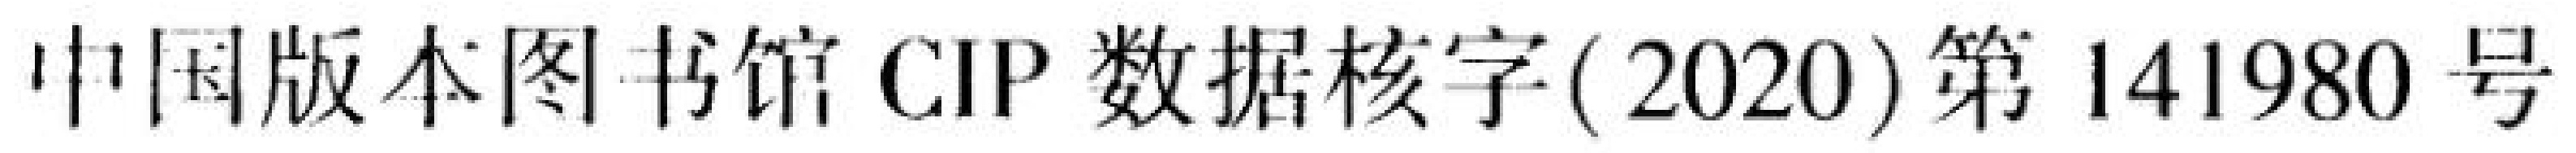
中国版本图书馆CIP数据核字(2020)第141980号